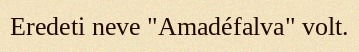
Eredeti neve "Amadéfalva" volt.